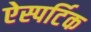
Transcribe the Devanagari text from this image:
ऐस्पर्टिक